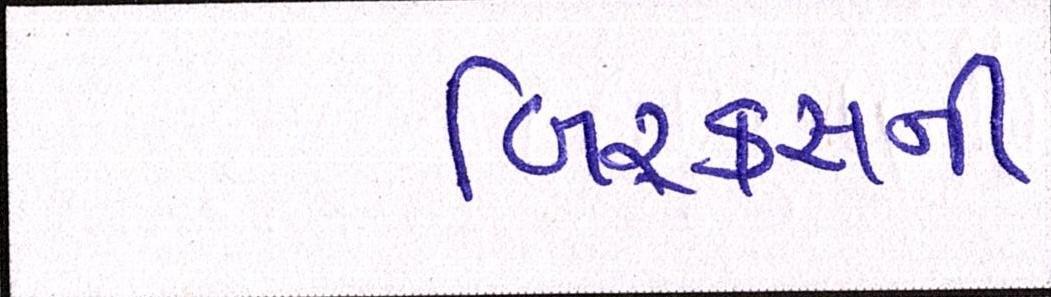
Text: બિ્રક્સની